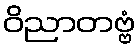
ဝိညာတဗ္ဗံ